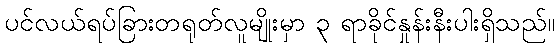
ပင်လယ်ရပ်ခြားတရုတ်လူမျိုးမှာ ၃ ရာခိုင်နှုန်းနီးပါးရှိသည်။